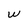
Character: W